Lunatic asylums in Bengal annual reports 1888-1898 - 1888-1898
Year: 1888
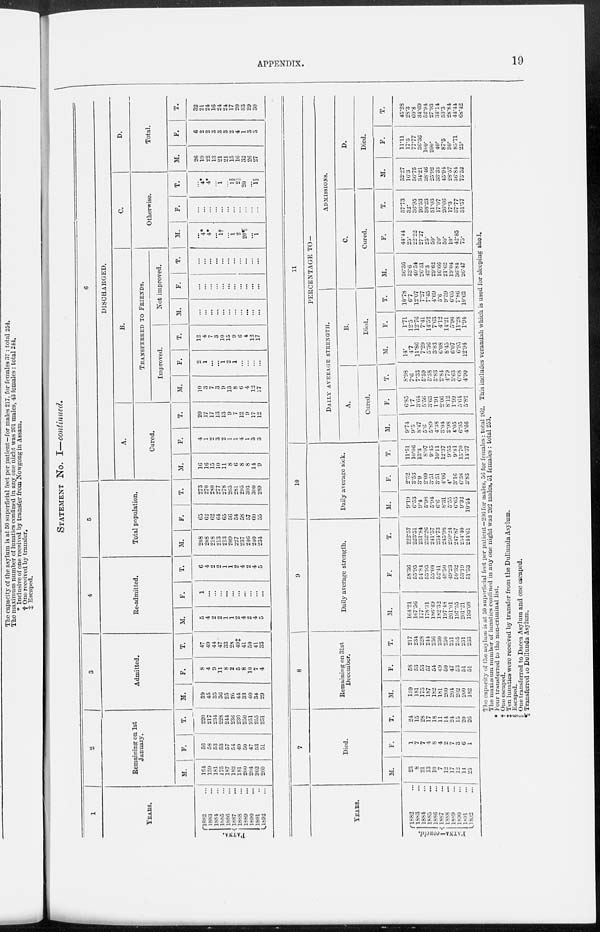
APPENDIX.
19
STATEMENT No. I—continued.
1
YEARS.
PATNA.
1882 ...
1883 ...
1884 ...
1885 ...
1886 ...
1887 ...
1888 ...
1889 ...
1890 ...
1891 ...
1892 ...
2
Remaining on 1st
January.
M.
164
159
181
175
187
182
181
200
204
202
200
F.
56
58
53
53
57
54
49
50
47
53
51
T.
220
217
234
228
244
236
230
250
251
255
251
3
Admitted.
M.
39
45
35
36
25
26
44
33
40
34
29
F.
8
4
9
11
8
2
5
8
10
7
4
T.
47
49
44
47
33
28
49‡
41
50
41
33
4
Re-admitted.
M.
5
4
2
2
1
1
2
4
2
4
5
F.
1
...
...
...
...
...
...
...
...
...
...
T.
6
4
2
2
1
1
2
4
2
4
5
5
Total population.
M.
208
208
218
213
213
209
227
237
246
240
234
F.
65
62
62
64
65
56
54
58
57
60
55
T.
273
270
280
277
278
265
281
295
303
300
289
6
DISCHARGED.
A.
Cured.
M.
16
16
15
10
11
8
6
8
8
14
9
F.
4
1
2
3
2
1
1
4
1
3
3
T.
20
17
17
13
13
9
7
12
9
17
12
B.
TRANSFERRED TO FRIENDS.
Improved.
M.
10
3
7
3
9
13
8
6
4
12
17
F.
2
1
...
...
1
2
1
...
...
...
...
T.
12
4
7
3
10
15
9
6
4
12
17
Not improved.
M.
...
...
...
...
...
...
...
...
...
...
...
F.
...
...
...
...
...
...
...
...
...
...
...
T.
...
...
...
...
...
...
...
...
...
...
...
C.
Otherwise.
M.
...
4*
4*
...
1†
...
1
2
20¶
...
1
F.
...
...
...
...
...
...
...
...
...
...
...
T.
...
4*
4*
...
1
...
1§
2||
20
...
1§
D.
Total.
M.
26
19
22
13
21
21
15
16
32
26
27
F.
6
2
2
3
3
3
2
4
1
3
3
T.
32
21
24
16
24
24
17
20
33
29
30
YEARS.
PATNA-concld.
1882 ...
1883 ...
1884 ...
1885 ...
1886 ...
1887 ...
1888 ...
1889 ...
1890 ...
1891 ...
1892
...
7
Died.
M.
23
8
21
13
10
7
12
17
12
14
25
F.
1
7
7
4
8
4
2
7
3
6
1
T.
24
15
28
17
18
11
14
24
15
20
26
8
Remaining on 31st
December.
M.
159
181
175
187
182
181
200
204
202
200
182
F.
58
53
53
57
54
49
50
47
53
51
51
T.
217
234
228
244
236
230
250
251
255
251
233
9
Daily average strength.
M.
164.21
167.56
177.
178.31
186.49
182.32
197.48
201.01
197.55
201.21
193.08
F.
58.36
55.95
54.84
53.95
55.08
52.41
48.50
49.23
50.32
53.19
51.53
T.
222.57
223.51
231.84
232.26
241.57
234.73
245.98
250.24
247.87
254.40
244.61
10
Daily average sick.
M.
9.19
6.53
9.4
5.98
5.94
6.6
8.31
5.55
6.65
9.32
10.54
F.
2.32
3.53
3.9
2.09
3.51
3.51
4.06
4.
3.16
6.38
3.83
T.
11.51
10.06
13.3
8.07
9.45
10.11
12.37
9.55
9.81
15.70
14.37
11
PERCENTAGE TO—
DAILY AVERAGE STRENGTH.
A.
Cured.
M.
9.74
9.5
8.47
5.6
5.89
4.38
3.04
3.98
4.05
6.95
4.66
F.
6.85
1.7
3.64
5.56
3.63
1.91
2.06
8.12
1.99
5.61
5.82
T.
8.98
7.6
7.33
5.59
5.38
3.83
2.84
4.79
3.63
6.68
4.90
B.
Died.
M.
14.
4.7
11.86
7.29
5.36
3.83
6.08
8.45
6.07
6.95
12.94
F.
1.71
12.5
12.76
7.41
14.52
7.63
4.12
14.21
5.96
11.28
1.94
T.
10.78
6.7
12.07
7.27
7.45
4.69
5.6
9.59
6.05
7.86
10.62
ADMISSIONS.
C.
Cured.
M.
36.36
32.6
40.54
26.31
42.3
29.62
16.66
21.62
19.04
36.84
26.47
F.
44.44
25.
22.22
27.27
25.
50.
20.
50.
10.
42.85
75.
T.
37.73
32.
36.95
26.53
38.23
31.03
17.07
26.66
17.3
37.77
31.57
D.
Died.
M.
52.27
16.3
56.75
34.21
38.46
25.92
33.33
45.94
28.57
36.84
73.52
F.
11.11
17.5
77.77
36.36
100.
200.
40.
87.5
30.
85.71
25.
T.
45.28
28.3
60.8
34.69
52.94
27.93
34.14
53.3
28.84
44.44
68.42
The capacity of the asylum is at 50 superficial feet per patient—206 for males, 56 for females : total 262. This includes verandah which is used for sleeping shed.
The maximum number of lunatics confined in any one night was 202 males, 51 females : total 253.
* Four transferred to the non-criminal list.
† One escaped.
‡ Ten lunatics were received by transfer from the Dullunda Asylum.
§ Escaped.
|| One transferred to Dacca Asylum and one escaped.
¶ Transferred to Dullunda Asylum.